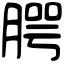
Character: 腭